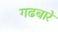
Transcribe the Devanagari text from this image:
गढबारे